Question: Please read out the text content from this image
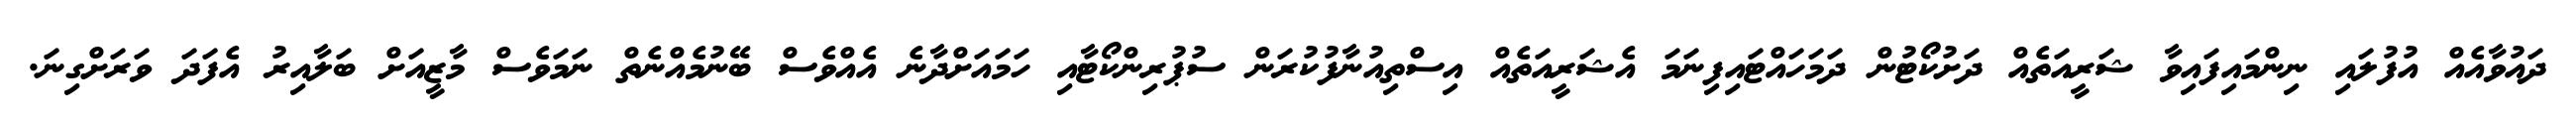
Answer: ދައުވާއެއް އުފުލައި ނިންމައިފައިވާ ޝަރީއަތެއް ދަށުކޯޓުން ދަމަހައްޓައިފިނަމަ އެޝަރީއަތެއް އިސްތިއުނާފުކުރަން ސުޕުރިންކޯޓާއި ހަމައަށްދާނެ އެއްވެސް ބޭނުމެއްނެތް ނަމަވެސް މާޒީއަށް ބަލާއިރު އެފަދަ ވަރަށްގިނަ.